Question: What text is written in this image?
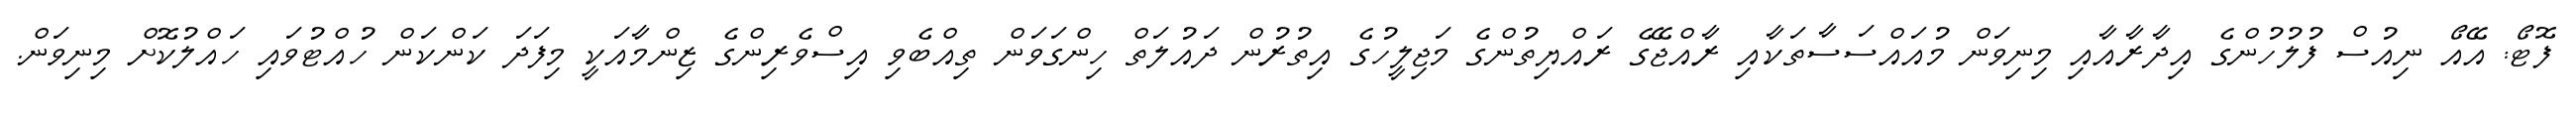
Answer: ފޮޓޯ: އޭއޯ ނިއުސް ފުލުހުންގެ އިދާރާއާއި މިނިވަން މުއައްސަސާތަކާއި ރާއްޖޭގެ ރައްޔިތުންގެ މަޖިލީހުގެ އިތުރުން ދައުލަތް ހިންގަވަން ތިއްބެވި އިސްވެރިންގެ ޒިންމާއަކީ މިފަދަ ކަންކަން ހުއްޓުވައި ހައްލުކޮށް މިނިވަން.